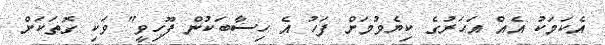
އެކަމަކު އެއް އަހަރުގެ ކިޔެވުމަށް ފަހު އެ ހިސާބަކުން ފޫހިވީ" ވަކި ގޮތަކަށް